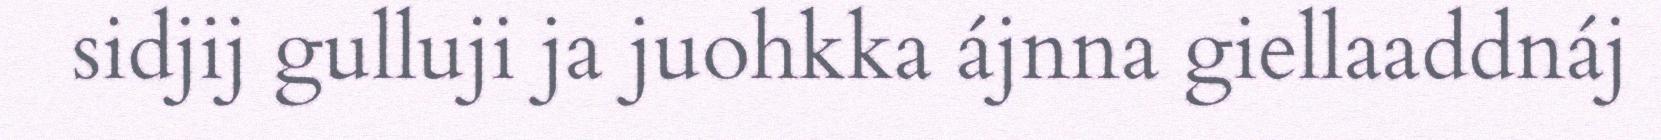
sidjij gulluji ja juohkka ájnna giellaaddnáj